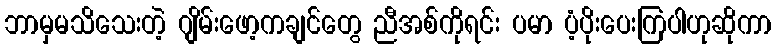
ဘာမှမသိသေးတဲ့ ဂျိမ်းဖော့ကချင်တွေ ညီအစ်ကိုရင်း ပမာ ပံ့ပိုးပေးကြပါဟုဆိုကာ